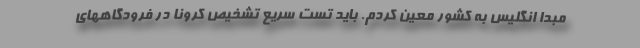
مبدا انگلیس به کشور معین کردم. باید تست سریع تشخیص کرونا در فرودگاههای